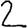
Digit: 2